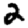
Digit: 2